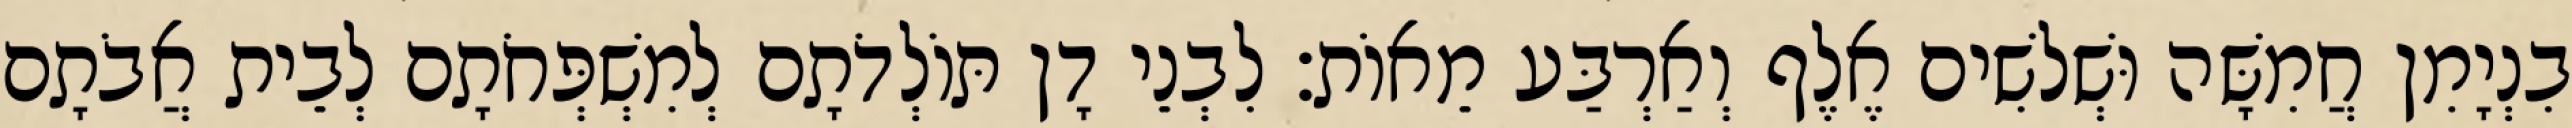
בִנְיָמִן חֲמִשָּׁה וּשְׁלשִׁים אֶלֶף וְאַרְבַּע מֵאוֹת׃ לִבְנֵי דָן תּוֹלְדֹתָם לְמִשְׁפְּחֹתָם לְבֵית אֲבֹתָם